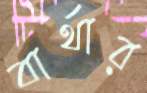
বার্থার